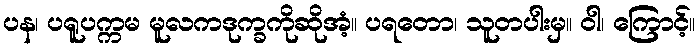
ပန၊ ပရူပက္ကမ မူလကဒုက္ခကိုဆိုအံ့။ ပရတော၊ သူတပါးမှ။ ဝါ၊ ကြောင့်။